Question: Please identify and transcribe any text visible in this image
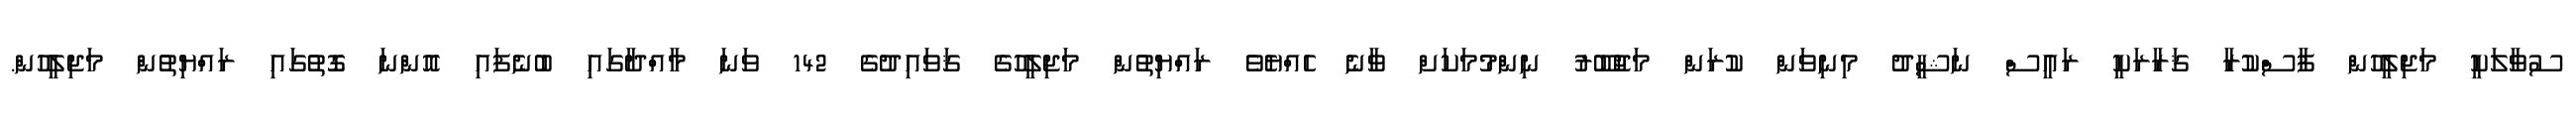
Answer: ސުވާލަކީ މަޖިލީހުން ފާސްކުރާ ޤަރާރަކީ ރައީސް ނަޝީދު މިނިވަން ކުރަން މަޖުބޫރު ނިންމުމަކަށް ވާނެ ހެއްޔެވެ ރައްޔިތުން މަޖިލީހުގެ ޤަވައިދުގެ 142 ވަނަ މާއްދާގައި ބުނެފައި އޮންނަ ގޮތުގައި ރައްޔިތުން މަޖިލީހުން.